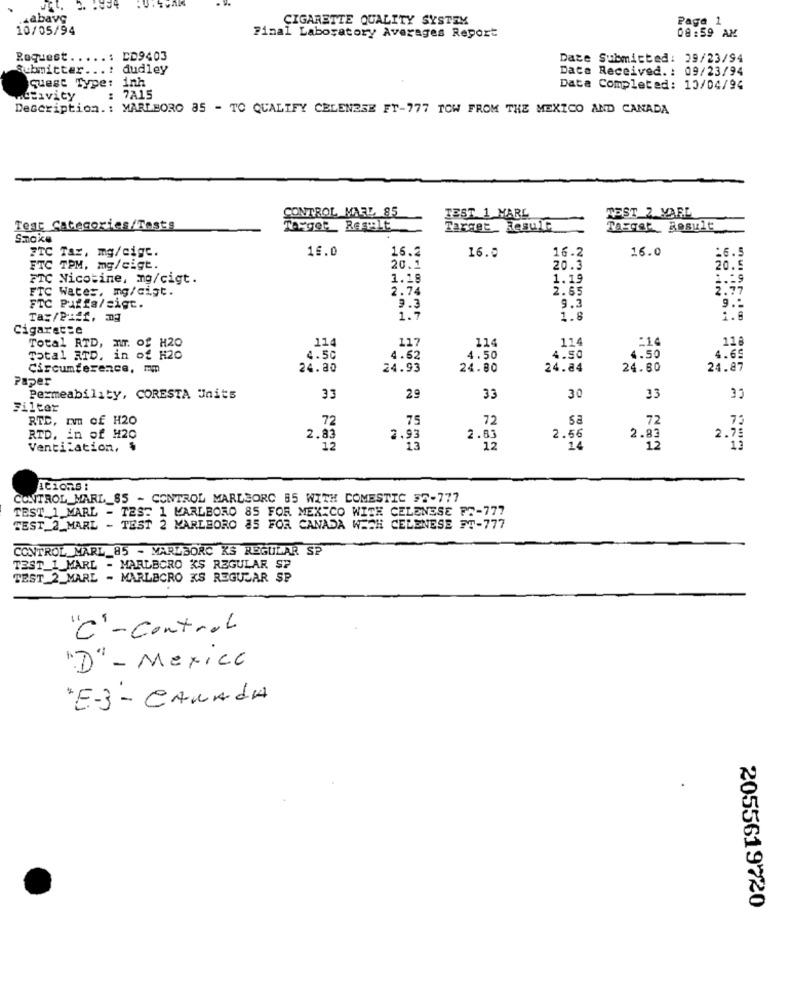
abavg
CIGARETTE QUALITY SYSTEM
Page 1
10/05/94
08:59 AM
Final Laboratory Averages Report
Request.
CD9403
Date Submitted: 29/23/94
tbmitter ...: dudley
Dace Received. : 09/23/94
quest Type: inh
Data Completed: 13/04/94
.SIvity
: 7A15
Description .: MARLBORO 85 - TO QUALIFY CELENZSE FT-777 TOW FROM THE MEXICO AND CANADA
CONTROL MAEL 85
TEST 1 MARL
TEST_2 VARL
Test Categories/Tests
Target_ Regelt
Target_ Result
Target _ Result
Smoke
16.0
16.2
16.0
16.2
16.0
:6.5
FTC Tar, mg/cigc.
FTC TPM, mg/cigt.
20.1
20.3
20.5
FTC Nicotine, mg/cigt.
1.18
1.19
1.19
FTC Water, mg/cigt.
2.74
2.65
2.77
9.3
FTC Puffa/sigt.
9.3
9 .-
Ta:/Piff, mg
1.7
1.8
1.8
Cigarette
11
117
114
114
:14
118
Total RTD, MIT. of H20
Total ATD, in of H20
4.50
4.62
4.50
4.50
4.50
4.65
Circumference, mm
24.80
24.93
24.80
24.84
24.80
24.87
Paper
Permeability, CORESTA Units
33
29
33
30
33
33
Filter
RTE, nm of H20
72
75
72
sa
72
73
RTD. in of H20
2.83
2.93
2.83
2.56
2.83
2.75
Ventilation, $
12
13
12
15
13
AC107.5 :
CONTROL_MARL_85 - CONTROL MARLBORC 85 WITH DOMESTIC 35-777
TEST_1_MARL - TEST 1 MARLBORO 85 FOR MEXICO WITH CELENESE FT-777
TEST_2_MARL - TEST 2 MARLBORO 85 FOR CANADA WECH CELENESE FT-777
CONTROL MARL_85 - MARLBORO KS REGULAR SP
TEST_1_MARL - MARLBORO KS REGULAR SP
TEST_2_MARL - MARLACRO KS REGULAR SP
"C'-Control
"D" - Mexico
"E-3 - CANADA
2055619720